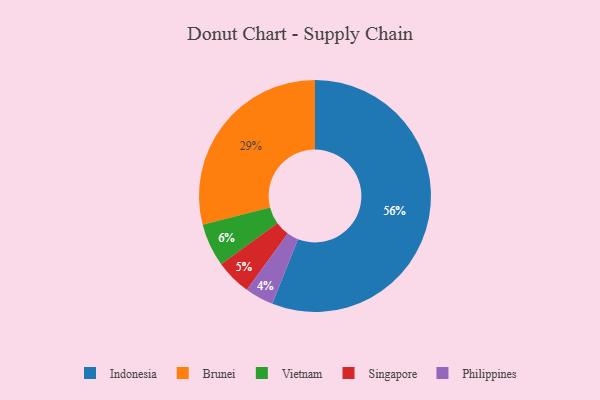
{"axis": {"x": "Category", "y": "Percentage"}, "legend": ["Brunei", "Indonesia", "Philippines", "Singapore", "Vietnam"], "data": [{"x": "Brunei", "y": 29, "type": "Brunei"}, {"x": "Vietnam", "y": 6, "type": "Vietnam"}, {"x": "Singapore", "y": 5, "type": "Singapore"}, {"x": "Indonesia", "y": 56, "type": "Indonesia"}, {"x": "Philippines", "y": 4, "type": "Philippines"}]}